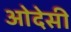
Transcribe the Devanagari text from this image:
ओदेसी